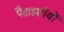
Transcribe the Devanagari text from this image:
पैदाइशीयों